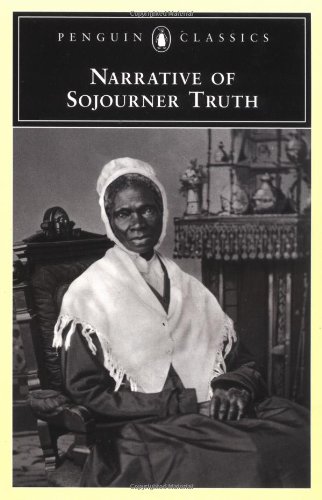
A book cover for Narrative of Sojourner Truth (Penguin Classics); Sojourner Truth; History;